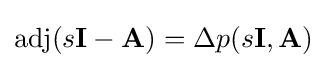
\operatorname {adj} (s\mathbf {I} -\mathbf {A} )=\Delta p(s\mathbf {I} ,\mathbf {A} )